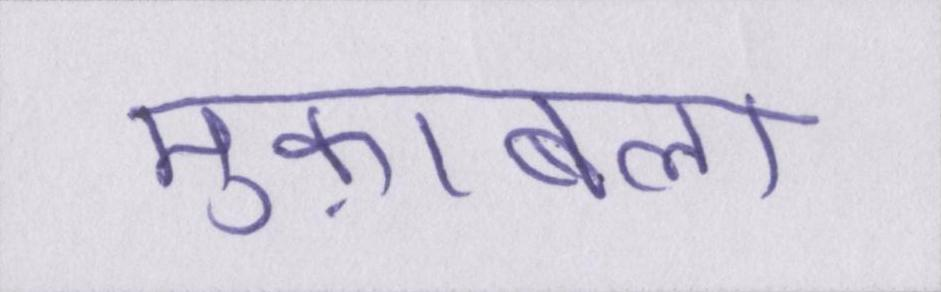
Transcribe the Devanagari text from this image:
मुक़ाबला